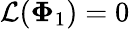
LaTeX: \mathcal{L}(\mathbf{\Phi}_{1})=0